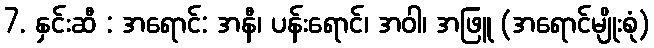
7. နှင်းဆီ : အရောင်: အနီ၊ ပန်းရောင်၊ အဝါ၊ အဖြူ (အရောင်မျိုးစုံ)